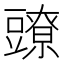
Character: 𧰉